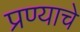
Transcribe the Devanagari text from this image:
प्रण्याचे